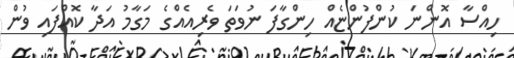
ހިއްސާ އޮންނަ ކުންފުންޏެއް ހިންގާފަ ނުވަތަ ވެރިއެއްގެ މަގާމު އަދާ ކޮއްފައި ވުން